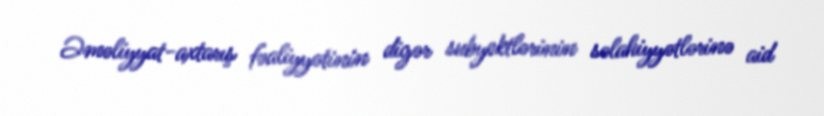
Əməliyyat-axtarış fəaliyyətinin digər subyektlərinin səlahiyyətlərinə aid